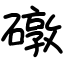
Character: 礅